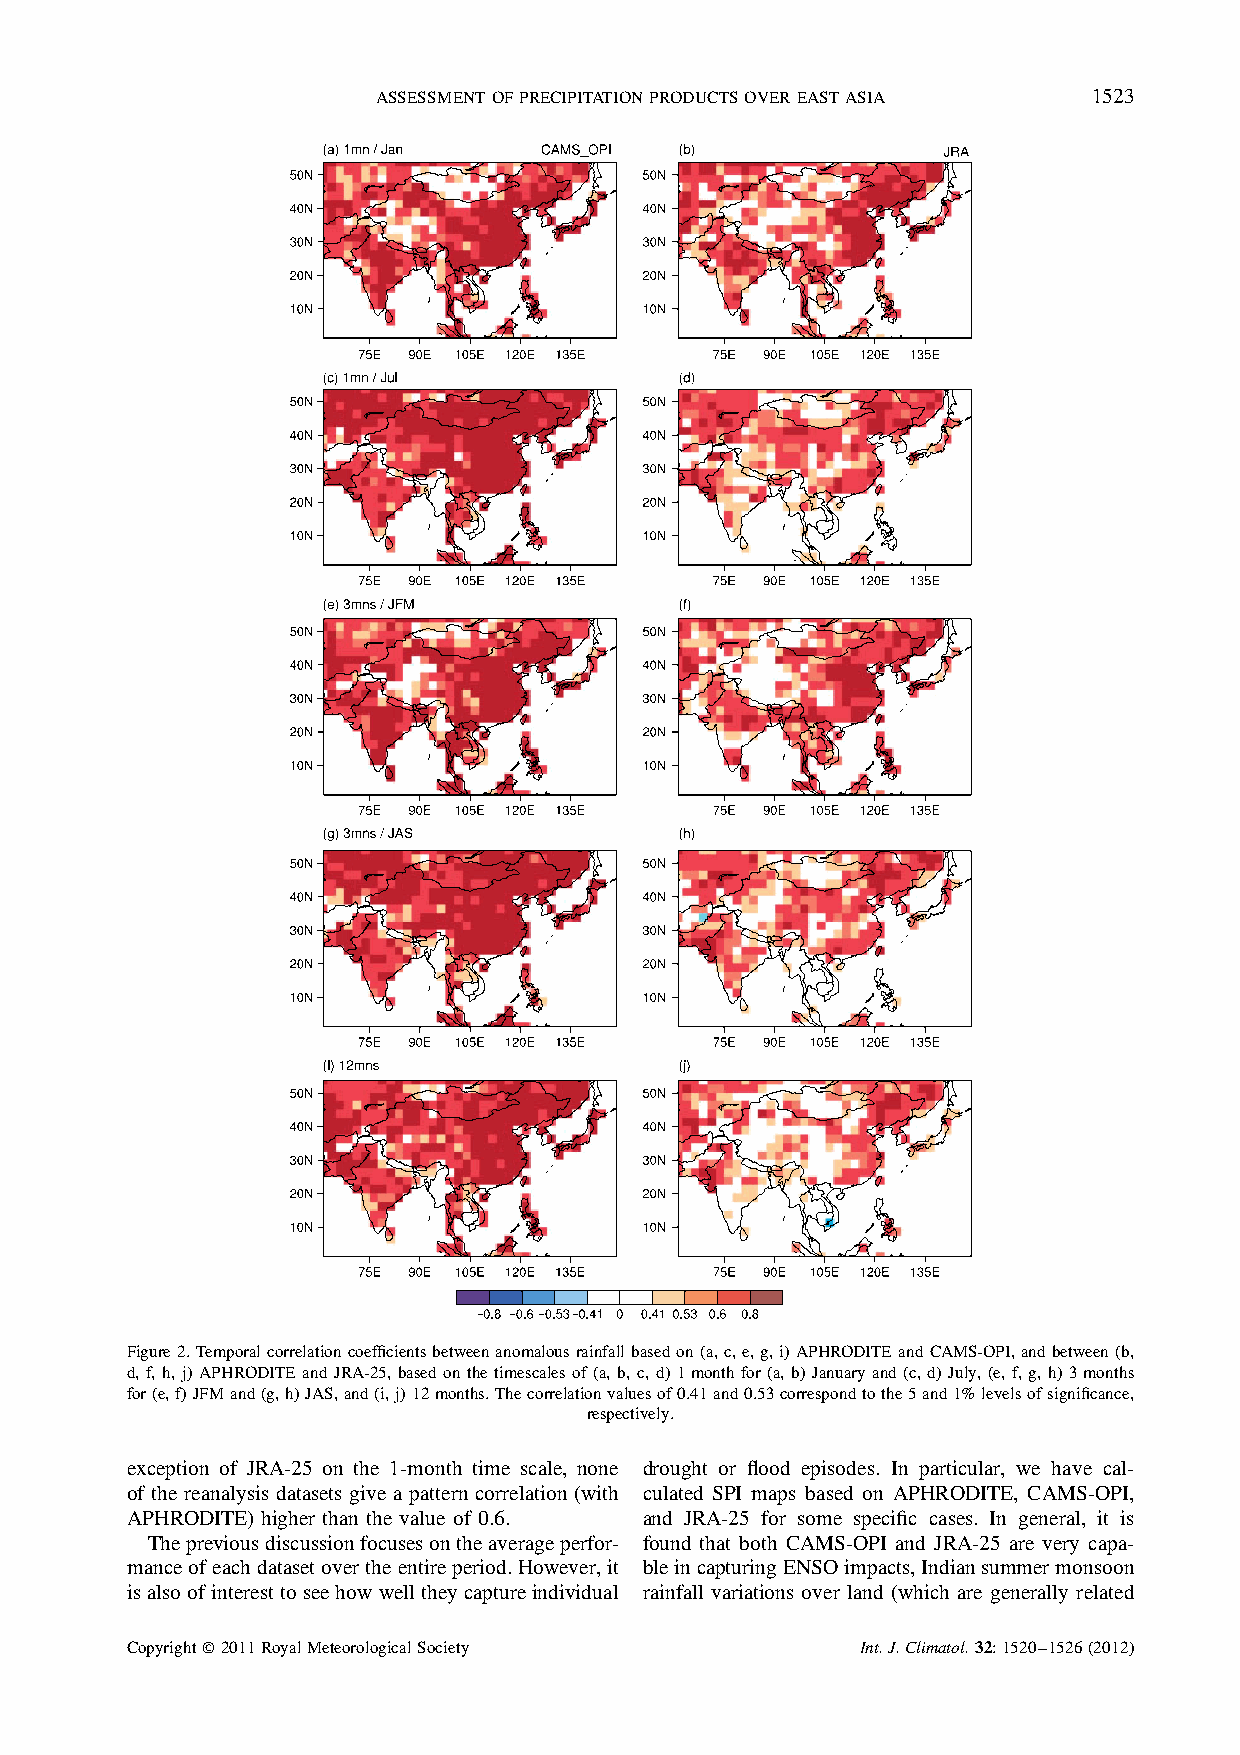
ASSESSMENTOFPRECIPITATIONPRODUCTSOVEREASTASIA  1523
 Figure2.Temporalcorrelationcoefficientsbetweenanomalousrainfallbasedon(a,c,e,g,i)APHRODITEandCAMS-OPI,andbetween(b,
 d, f, h, j) APHRODITE and JRA-25, based on the timescales of (a, b, c, d) 1month for (a, b) January and (c, d) July, (e, f, g, h) 3months
 for(e,f)JFMand(g,h)JAS,and(i,j)12months.Thecorrelationvaluesof0.41and0.53correspondtothe5and1%levelsofsignificance,
 respectively.
 exception of JRA-25 on the 1-month time scale, none drought or flood episodes. In particular, we have cal-
 of the reanalysis datasets give a pattern correlation (with culated SPI maps based on APHRODITE, CAMS-OPI,
 APHRODITE) higher than the value of 0.6. and JRA-25 for some specific cases. In general, it is
 Thepreviousdiscussionfocusesontheaverageperfor- found that both CAMS-OPI and JRA-25 are very capa-
 manceofeachdatasetovertheentireperiod.However,it bleincapturingENSOimpacts,Indiansummermonsoon
 isalsoofinteresttoseehowwelltheycaptureindividual rainfall variations over land (which are generally related
 Copyright2011RoyalMeteorologicalSociety         Int.J.Climatol.32:1520–1526(2012)